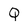
Character: Q